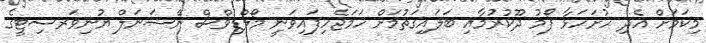
މިކަމަށް އެދި ހުށަހަޅާ ފޯމު ދޫކުރުމާއި ބަލައިގަތުމަށް ހަމަޖެހިފައިވަނީ މޯލްޑިވްސް ނޭޝަނަލް ޔުނިވަރސިޓީގެ